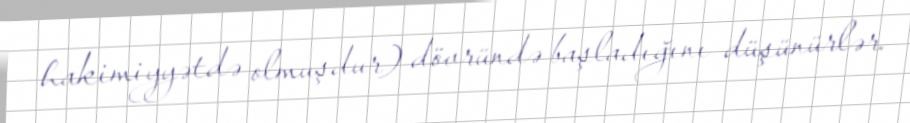
hakimiyyətdə olmuşdur) dövründə başladığını düşünürlər.